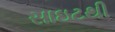
સાઇટથી